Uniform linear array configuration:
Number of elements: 32
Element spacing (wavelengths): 0.25
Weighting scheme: hann
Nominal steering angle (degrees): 45
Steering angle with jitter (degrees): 43.621
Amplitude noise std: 0.05
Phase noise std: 0.05

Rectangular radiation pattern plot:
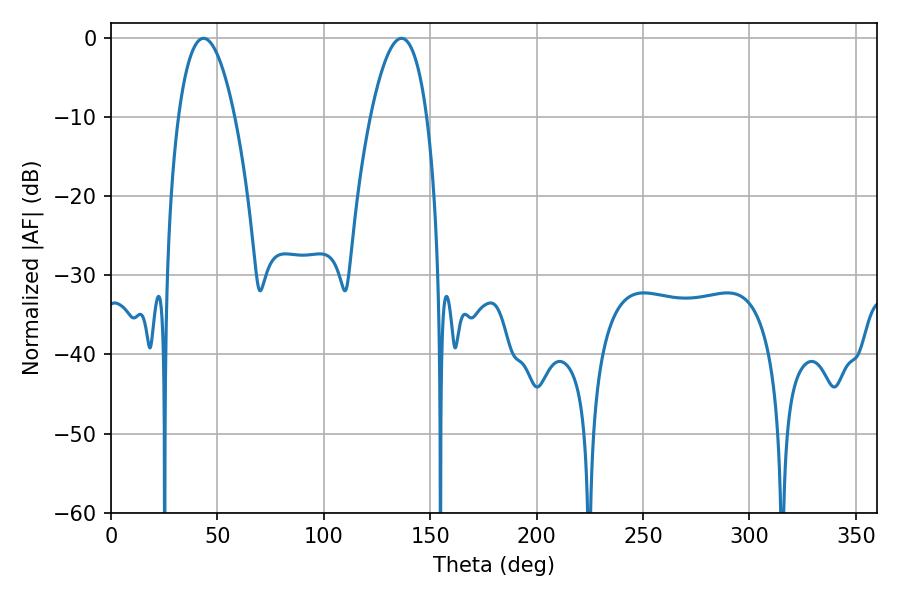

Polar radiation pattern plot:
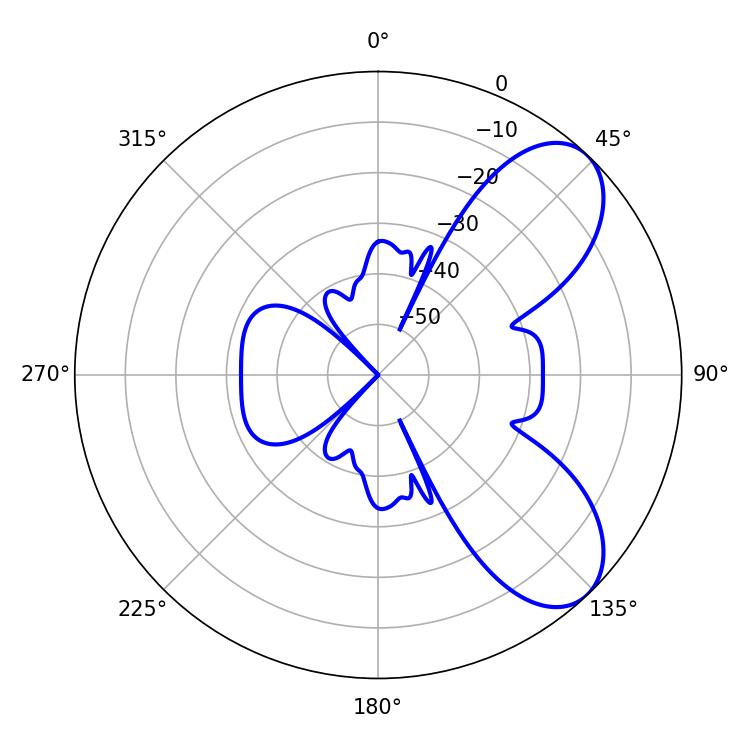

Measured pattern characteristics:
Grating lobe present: FALSE
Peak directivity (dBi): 7.211
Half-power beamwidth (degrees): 14.76
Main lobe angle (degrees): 43.56